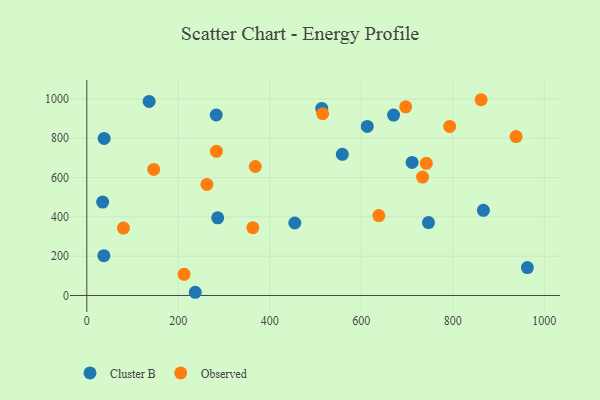
{"axis": {"x": "Price", "y": "Rating"}, "legend": ["Cluster B", "Observed"], "data": [{"x": "37.3", "y": 202.4, "type": "Cluster B"}, {"x": "237.1", "y": 16.3, "type": "Cluster B"}, {"x": "867.1", "y": 433.1, "type": "Cluster B"}, {"x": "711.2", "y": 677.2, "type": "Cluster B"}, {"x": "513.7", "y": 951.7, "type": "Cluster B"}, {"x": "613.2", "y": 860.3, "type": "Cluster B"}, {"x": "286.2", "y": 395.1, "type": "Cluster B"}, {"x": "963.2", "y": 142.2, "type": "Cluster B"}, {"x": "282.9", "y": 918.5, "type": "Cluster B"}, {"x": "670.7", "y": 918.0, "type": "Cluster B"}, {"x": "34.6", "y": 475.5, "type": "Cluster B"}, {"x": "747.0", "y": 371.1, "type": "Cluster B"}, {"x": "558.6", "y": 718.5, "type": "Cluster B"}, {"x": "454.8", "y": 368.9, "type": "Cluster B"}, {"x": "136.3", "y": 987.5, "type": "Cluster B"}, {"x": "37.9", "y": 799.5, "type": "Cluster B"}, {"x": "80.1", "y": 342.8, "type": "Observed"}, {"x": "862.1", "y": 996.2, "type": "Observed"}, {"x": "515.7", "y": 924.8, "type": "Observed"}, {"x": "742.3", "y": 672.5, "type": "Observed"}, {"x": "363.1", "y": 344.9, "type": "Observed"}, {"x": "734.1", "y": 602.5, "type": "Observed"}, {"x": "793.4", "y": 860.4, "type": "Observed"}, {"x": "212.7", "y": 107.8, "type": "Observed"}, {"x": "938.5", "y": 808.5, "type": "Observed"}, {"x": "146.3", "y": 641.7, "type": "Observed"}, {"x": "368.3", "y": 656.3, "type": "Observed"}, {"x": "262.6", "y": 565.2, "type": "Observed"}, {"x": "283.4", "y": 733.6, "type": "Observed"}, {"x": "638.4", "y": 406.5, "type": "Observed"}, {"x": "697.2", "y": 960.3, "type": "Observed"}]}